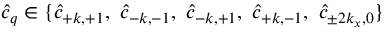
\hat { c } _ { q } \in \{ \hat { c } _ { + k , + 1 } , \ \hat { c } _ { - k , - 1 } , \ \hat { c } _ { - k , + 1 } , \ \hat { c } _ { + k , - 1 } , \ \hat { c } _ { \pm 2 k _ { x } , 0 } \}